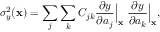
\sigma _ { y } ^ { 2 } ( \mathbf { x } ) = \sum _ { j } \sum _ { k } C _ { j k } \frac { \partial y } { \partial a _ { j } } \Big | _ { \mathbf { x } } \ \frac { \partial y } { \partial a _ { k } } \Big | _ { \mathbf { x } } ,